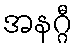
အနဂ္ဂီ